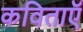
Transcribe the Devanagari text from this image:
कविताऍ